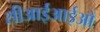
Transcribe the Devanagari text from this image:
सीआईआईओ